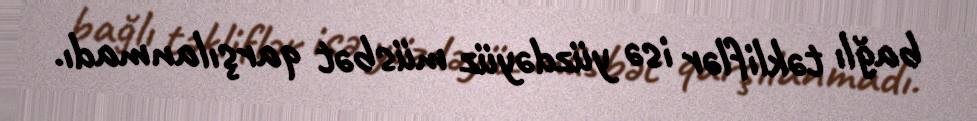
bağlı təkliflər isə yüzdəyüz müsbət qarşılanmadı.